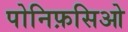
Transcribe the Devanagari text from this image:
पोनिफ़सिओ